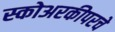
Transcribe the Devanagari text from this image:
स्कोअरकीपरचे